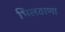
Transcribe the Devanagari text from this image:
भिलठाणा